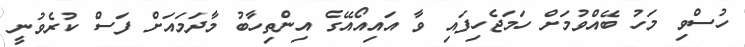
ހުސްވި މަހު ބޭއްވުމަށް ހަމަޖެހިފައި ވާ އައިއޯއޭގެ އިންތިހާބު މާދަމައަށް ފަސް ކުރެވުނީ